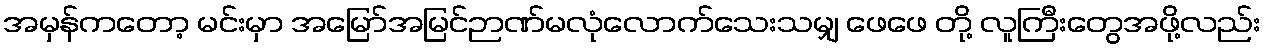
အမှန်ကတော့ မင်းမှာ အမြော်အမြင်ဉာဏ်မလုံလောက်သေးသမျှ ဖေဖေ တို့ လူကြီးတွေအဖို့လည်း